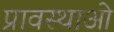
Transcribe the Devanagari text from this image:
प्रावस्थाओ